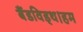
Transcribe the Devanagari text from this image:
बैंडविड्थ।हम